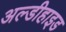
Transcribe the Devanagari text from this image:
अल्डीहाइड